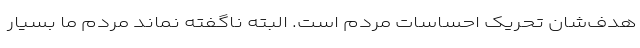
هدف‌شان تحریک احساسات مردم است. البته ناگفته نماند مردم ما بسیار